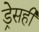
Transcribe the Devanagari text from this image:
ड्रेसही